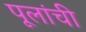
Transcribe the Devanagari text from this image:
पूलांची